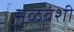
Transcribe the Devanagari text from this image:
मूळवंशी